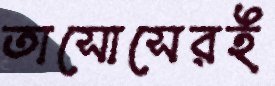
তাসোসেরই